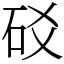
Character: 䂚